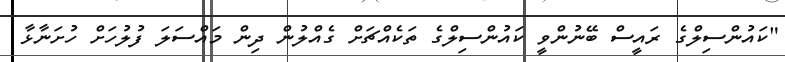
"ކައުންސިލްގެ ރައީސް ބޭނުންވީ ކައުންސިލްގެ ތަކެއްޗަށް ގެއްލުން ދިން މައްސަލަ ފުލުހަށް ހުށަނާޅާ